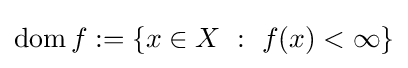
\operatorname {dom} f:=\{x\in X~:~f(x)<\infty \}